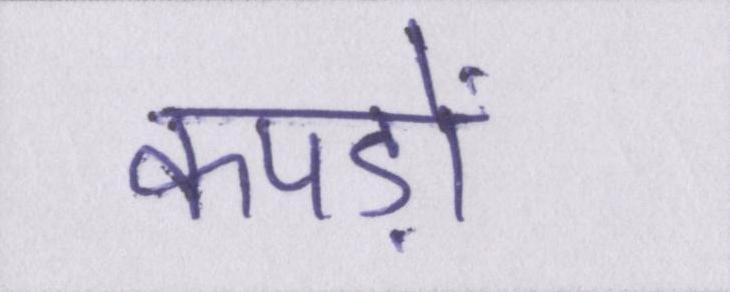
कपड़ों